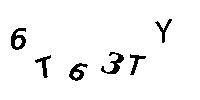
6T63TY